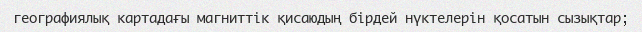
географиялық картадағы магниттік қисаюдың бірдей нүктелерін қосатын сызықтар;